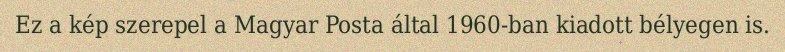
Ez a kép szerepel a Magyar Posta által 1960-ban kiadott bélyegen is.